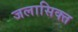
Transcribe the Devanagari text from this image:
जलासिक्त